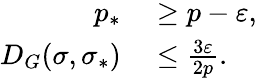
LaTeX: \begin{array}{rl}{p_{\ast}}&{{}\geq p-\varepsilon,}\\ {D_{G}(\sigma,\sigma_{\ast})}&{{}\leq\frac{3\varepsilon}{2p}.}\end{array}